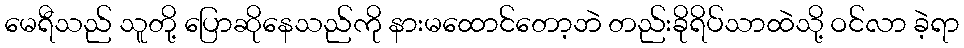
မေရီသည် သူတို့ ပြောဆိုနေသည်ကို နားမထောင်တော့ဘဲ တည်းခိုရိပ်သာထဲသို့ ဝင်လာ ခဲ့ရာ